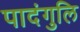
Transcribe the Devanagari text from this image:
पादंगुलि